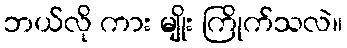
ဘယ်လို ကား မျိုး ကြိုက်သလဲ။